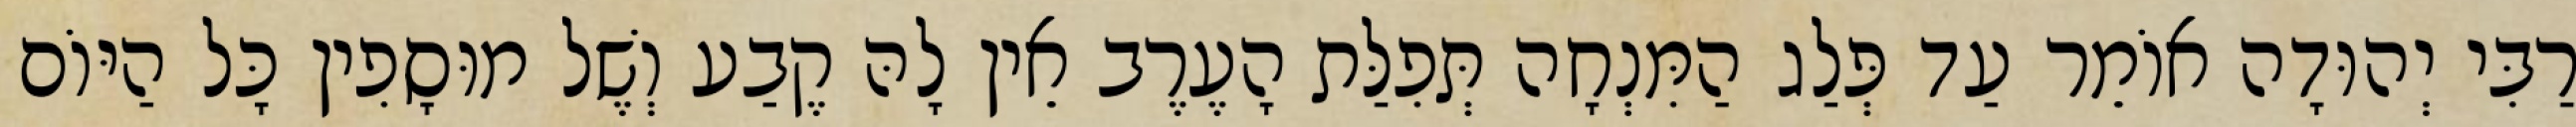
רַבִּי יְהוּדָה אוֹמֵר עַד פְּלַג הַמִּנְחָה תְּפִלַּת הָעֶרֶב אֵין לָהּ קֶבַע וְשֶׁל מוּסָפִין כָּל הַיּוֹם